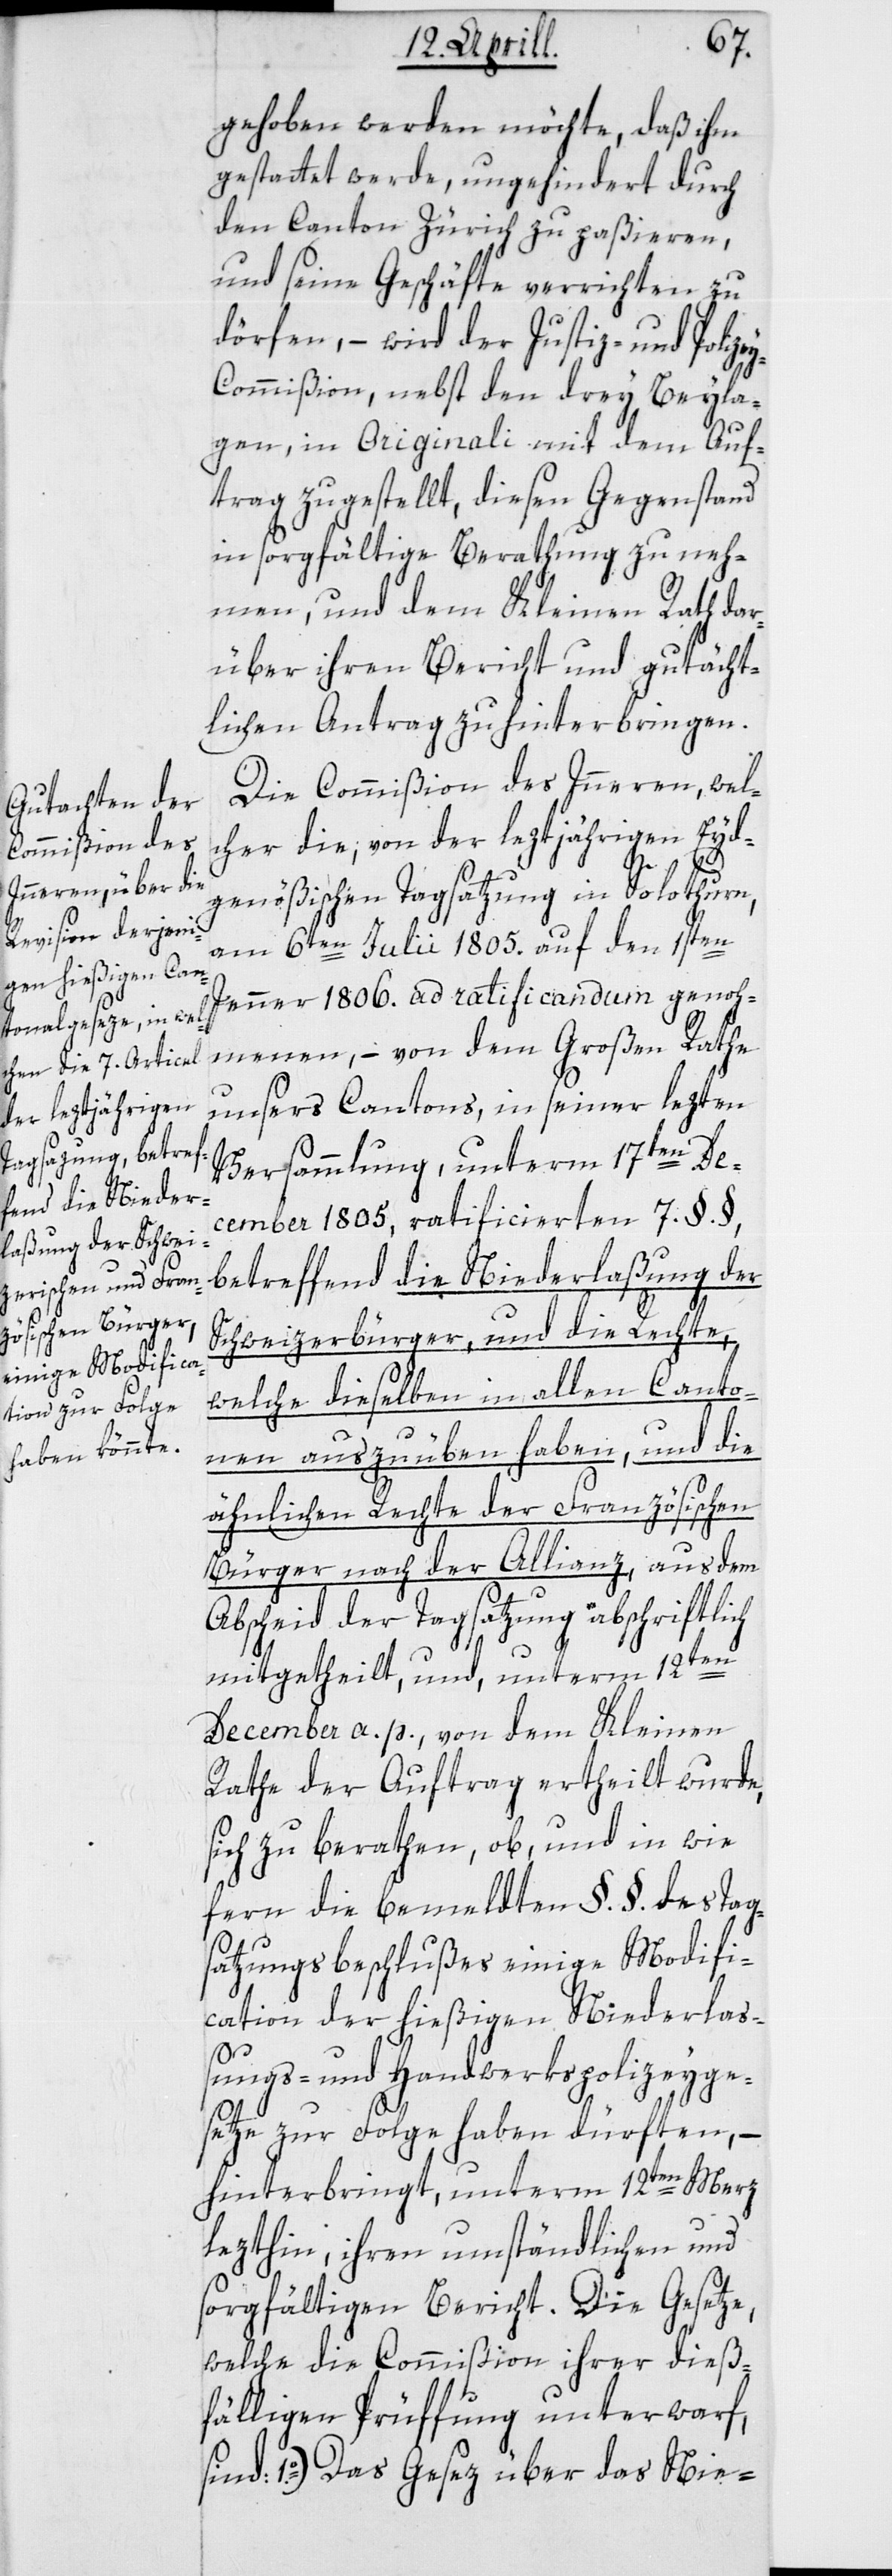
gehoben werden möchte, daß ihm
gestattet werde, ungehindert durch
den Canton Zürich zu paßieren,
und seine Geschäfte verrichten zu
dörfen, – wird der Justiz- und Polize¬
y-Commißion, nebst den drey Beyla¬
gen, in Originali mit dem Auf¬
trag zugestellt, diesen Gegenstand
in sorgfältige Berathung zu neh¬
men und dem Kleinen Rath da¬
rüber ihren Bericht und gutächt¬
lichen Antrag zu hinterbringen.
Die Commißion des Innern, wel¬
cher die, von der leztjährigen Eyd¬
genößischen Tagsatzung in Solothurn,
am 6ten Julii 1805. auf den 1sten
Jenner 1806. ad ratificandum genoh¬
menen, – von dem Großen Rathe
unsers Cantons, in seiner lezten
Versammlung, unterm 17ten De¬
cember 1805, ratificierten 7. §.§,
betreffend die Niederlaßung der
Schweizerbürger, und die Rechte,
welche dieselben in allen Canto¬
nen auszuüben haben, und die
ähnlichen Rechte der Französischen
Bürger nach der Allianz, aus dem
Abscheid der Tagsatzung abschriftlich
mitgetheilt, und unterm 12ten
December a. p. von dem Kleinen
Rathe der Auftrag ertheilt wurde,
sich zu berathen, ob, und in wie
fern die bemeldten §. §. des Tag¬
satzungsbeschlußes einige Modifi¬
cation der hießigen Niederla¬
ßungs- und Handwerkspolizey-Ge¬
setze zur Folge haben dürften, –
hinterbringt, unterm 12ten Merz
lezthin, ihren umständlichen und
sorgfältigen Bericht. Die Gesetze,
welche die Commißion ihrer dieß¬
fälligen Prüffung unterwarf,
1o.) Das Gesez über das Nie-